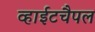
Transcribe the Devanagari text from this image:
व्हाईटचैपल